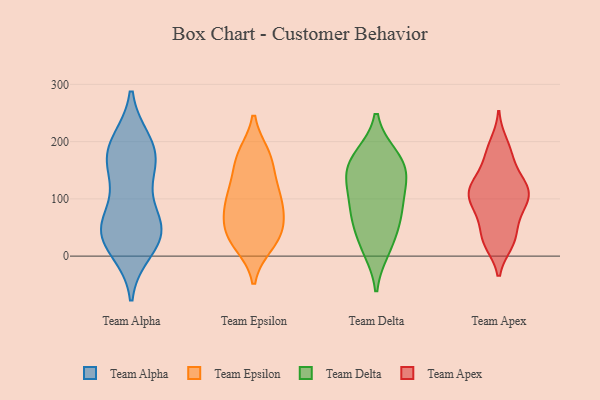
{"axis": {"x": "Conversion Rate (%)", "y": "Value"}, "legend": ["Team Alpha", "Team Apex", "Team Delta", "Team Epsilon"], "data": [{"x": "", "y": 64, "type": "Team Alpha"}, {"x": "", "y": 12, "type": "Team Alpha"}, {"x": "", "y": 130, "type": "Team Alpha"}, {"x": "", "y": 198, "type": "Team Alpha"}, {"x": "", "y": 195, "type": "Team Alpha"}, {"x": "", "y": 63, "type": "Team Alpha"}, {"x": "", "y": 170, "type": "Team Alpha"}, {"x": "", "y": 39, "type": "Team Alpha"}, {"x": "", "y": 38, "type": "Team Alpha"}, {"x": "", "y": 35, "type": "Team Alpha"}, {"x": "", "y": 177, "type": "Team Alpha"}, {"x": "", "y": 41, "type": "Team Alpha"}, {"x": "", "y": 160, "type": "Team Alpha"}, {"x": "", "y": 173, "type": "Team Epsilon"}, {"x": "", "y": 31, "type": "Team Epsilon"}, {"x": "", "y": 47, "type": "Team Epsilon"}, {"x": "", "y": 50, "type": "Team Epsilon"}, {"x": "", "y": 103, "type": "Team Epsilon"}, {"x": "", "y": 92, "type": "Team Epsilon"}, {"x": "", "y": 60, "type": "Team Epsilon"}, {"x": "", "y": 175, "type": "Team Epsilon"}, {"x": "", "y": 177, "type": "Team Epsilon"}, {"x": "", "y": 143, "type": "Team Epsilon"}, {"x": "", "y": 116, "type": "Team Epsilon"}, {"x": "", "y": 78, "type": "Team Epsilon"}, {"x": "", "y": 22, "type": "Team Epsilon"}, {"x": "", "y": 104, "type": "Team Epsilon"}, {"x": "", "y": 20, "type": "Team Epsilon"}, {"x": "", "y": 67, "type": "Team Delta"}, {"x": "", "y": 139, "type": "Team Delta"}, {"x": "", "y": 175, "type": "Team Delta"}, {"x": "", "y": 75, "type": "Team Delta"}, {"x": "", "y": 146, "type": "Team Delta"}, {"x": "", "y": 122, "type": "Team Delta"}, {"x": "", "y": 63, "type": "Team Delta"}, {"x": "", "y": 12, "type": "Team Delta"}, {"x": "", "y": 102, "type": "Team Delta"}, {"x": "", "y": 175, "type": "Team Delta"}, {"x": "", "y": 157, "type": "Team Delta"}, {"x": "", "y": 20, "type": "Team Delta"}, {"x": "", "y": 115, "type": "Team Apex"}, {"x": "", "y": 179, "type": "Team Apex"}, {"x": "", "y": 91, "type": "Team Apex"}, {"x": "", "y": 125, "type": "Team Apex"}, {"x": "", "y": 23, "type": "Team Apex"}, {"x": "", "y": 26, "type": "Team Apex"}, {"x": "", "y": 43, "type": "Team Apex"}, {"x": "", "y": 112, "type": "Team Apex"}, {"x": "", "y": 139, "type": "Team Apex"}, {"x": "", "y": 27, "type": "Team Apex"}, {"x": "", "y": 84, "type": "Team Apex"}, {"x": "", "y": 196, "type": "Team Apex"}, {"x": "", "y": 94, "type": "Team Apex"}, {"x": "", "y": 71, "type": "Team Apex"}, {"x": "", "y": 116, "type": "Team Apex"}, {"x": "", "y": 171, "type": "Team Apex"}, {"x": "", "y": 118, "type": "Team Apex"}]}